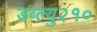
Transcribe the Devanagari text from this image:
डब्ल्यु२१०